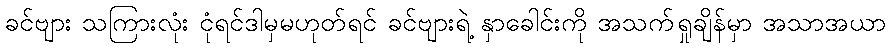
ခင်ဗျား သကြားလုံး ငုံရင်ဒါမှမဟုတ်ရင် ခင်ဗျားရဲ့ နှာခေါင်းကို အသက်ရှုချိန်မှာ အသာအယာ